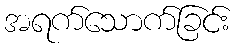
အရက်သောက်ခြင်း